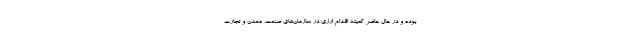
بوده و در حال حاضر کمیته اقدام ارزی در سازمان‌های صنعت، معدن و تجارت